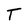
Character: T